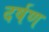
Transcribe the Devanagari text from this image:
दर्षण